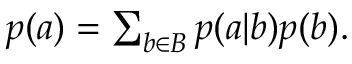
\begin{array} { r } { p ( a ) = \sum _ { b \in B } p ( a | b ) p ( b ) . } \end{array}